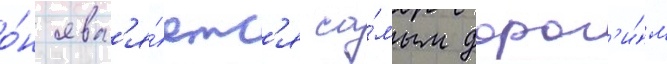
о́н явл'я́етс'я са́мым дорог'и́м